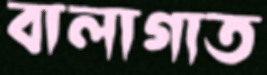
বালাগাত